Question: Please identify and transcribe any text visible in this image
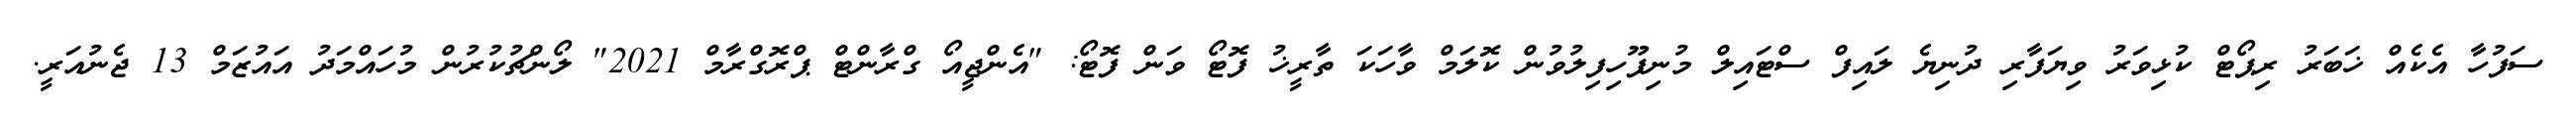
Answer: ސަފުހާ އެކެއް ޚަބަރު ރިޕޯޓް ކުޅިވަރު ވިޔަފާރި ދުނިޔެ ލައިފް ސްޓައިލް މުނިފޫހިފިލުވުން ކޮލަމް ވާހަކަ ތާރީޚު ފޮޓޯ ވަން ފޮޓޯ: "އެންޖީއޯ ގްރާންޓް ޕްރޮގްރާމް 2021" ލޯންޗުކުރުން މުހައްމަދު އައުޒަމް 13 ޖެނުއަރީ.